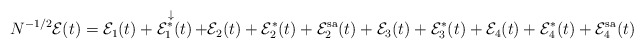
\begin{align*} N^{-1/2}\mathcal{E}(t)=\mathcal{E}_1(t)+\mathop{\mathcal{E}_1^\ast(t)}^{ \mathclap{\substack{\\\\\downarrow\,\,\,\,}}}+\mathcal{E}_2(t)+\mathcal{E}_2^\ast(t)+\mathcal{E}_2^{\mathrm{sa}}(t)+\mathcal{E}_3(t)+\mathcal{E}_3^\ast(t)+\mathcal{E}_4(t)+\mathcal{E}_4^\ast(t)+\mathcal{E}_4^{\mathrm{sa}}(t)\end{align*}